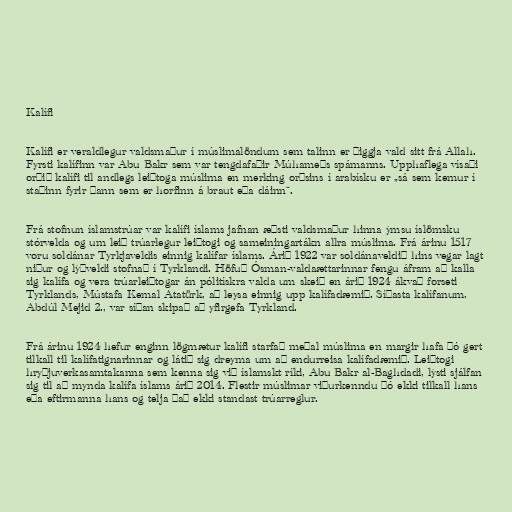
Kalífi

Kalífi er veraldlegur valdsmaður í múslimalöndum sem talinn er þiggja vald sitt frá Allah.
Fyrsti kalífinn var Abu Bakr sem var tengdafaðir Múhameðs spámanns. Upphaflega vísaði
orðið kalífi til andlegs leiðtoga múslima en merking orðsins í arabísku er „sá sem kemur í
staðinn fyrir þann sem er horfinn á braut eða dáinn“.

Frá stofnun íslamstrúar var kalífi íslams jafnan æðsti valdsmaður hinna ýmsu íslömsku
stórvelda og um leið trúarlegur leiðtogi og sameiningartákn allra múslima. Frá árinu 1517
voru soldánar Tyrkjaveldis einnig kalífar íslams. Árið 1922 var soldánaveldið hins vegar lagt
niður og lýðveldi stofnað í Tyrklandi. Höfuð Ósman-valdaættarinnar fengu áfram að kalla
sig kalífa og vera trúarleiðtogar án pólitískra valda um skeið en árið 1924 ákvað forseti
Tyrklands, Mústafa Kemal Atatürk, að leysa einnig upp kalífadæmið. Síðasta kalífanum,
Abdúl Mejid 2., var síðan skipað að yfirgefa Tyrkland.

Frá árinu 1924 hefur enginn lögmætur kalífi starfað meðal múslima en margir hafa þó gert
tilkall til kalífatignarinnar og látið sig dreyma um að endurreisa kalífadæmið. Leiðtogi
hryðjuverkasamtakanna sem kenna sig við íslamskt ríki, Abu Bakr al-Baghdadi, lýsti sjálfan
sig til að mynda kalífa íslams árið 2014. Flestir múslimar viðurkenndu þó ekki tilkall hans
eða eftirmanna hans og telja það ekki standast trúarreglur.